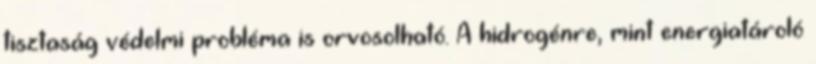
tisztaság védelmi probléma is orvosolható. A hidrogénre, mint energiatároló